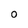
Character: O